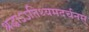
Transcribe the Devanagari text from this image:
श्रद्धाऽऽतिथ्यमदर्चनम्